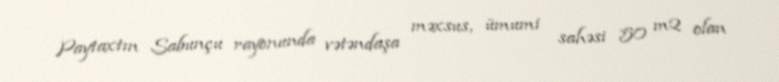
Paytaxtın Sabunçu rayonunda vətəndaşa məxsus, ümumi sahəsi 50 m2 olan